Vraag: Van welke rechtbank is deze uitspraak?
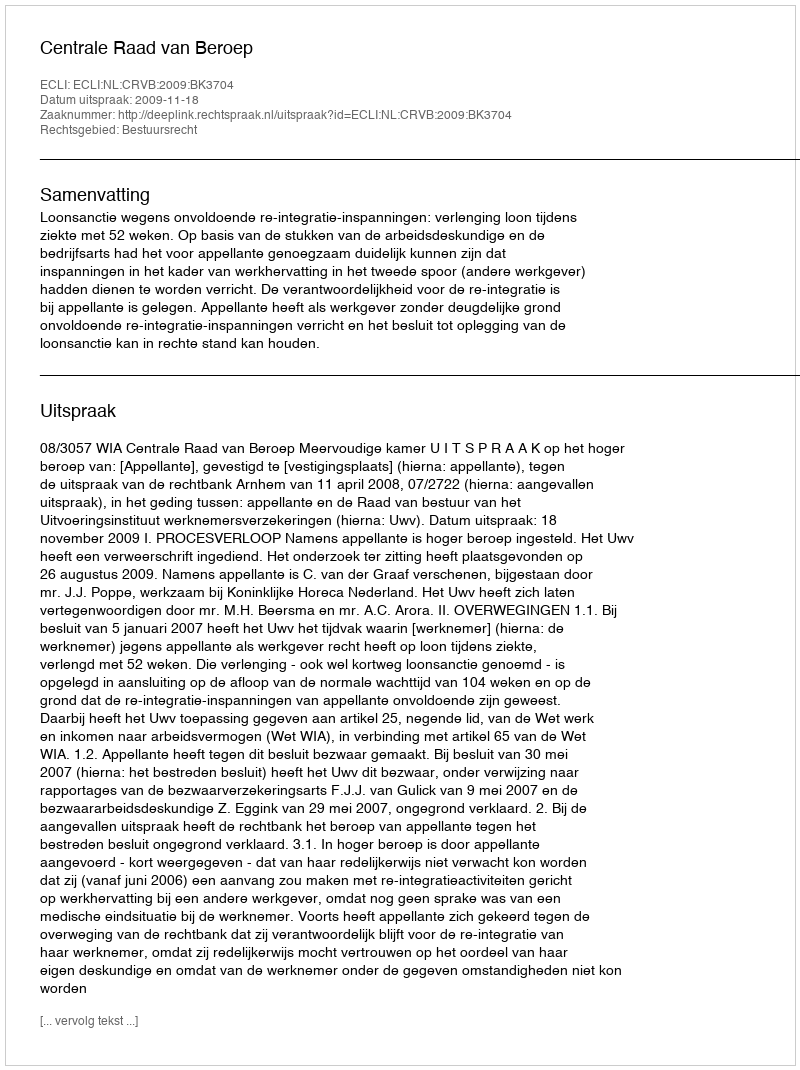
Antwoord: Centrale Raad van Beroep